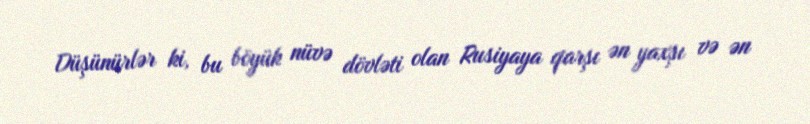
Düşünürlər ki, bu böyük nüvə dövləti olan Rusiyaya qarşı ən yaxşı və ən